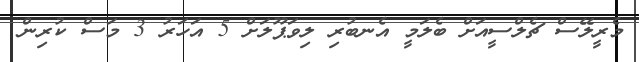
މެރީލޭސް ޗެލްސީއަށް ބެލަމީ އެނބުރި ލިވަޕޫލަށް 5 އަހަރު 3 މަސް ކުރިން